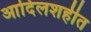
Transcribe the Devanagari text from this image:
आदिलशहीत